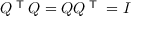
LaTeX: Q ^ { \textsf { T } } Q = Q Q ^ { \textsf { T } } = I